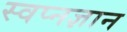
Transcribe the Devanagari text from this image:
स्वप्नज्ञान